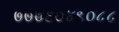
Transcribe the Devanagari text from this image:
७७७६०४९०८८